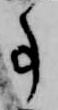
事